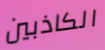
الكاذبين